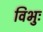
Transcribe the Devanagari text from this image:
विभुः